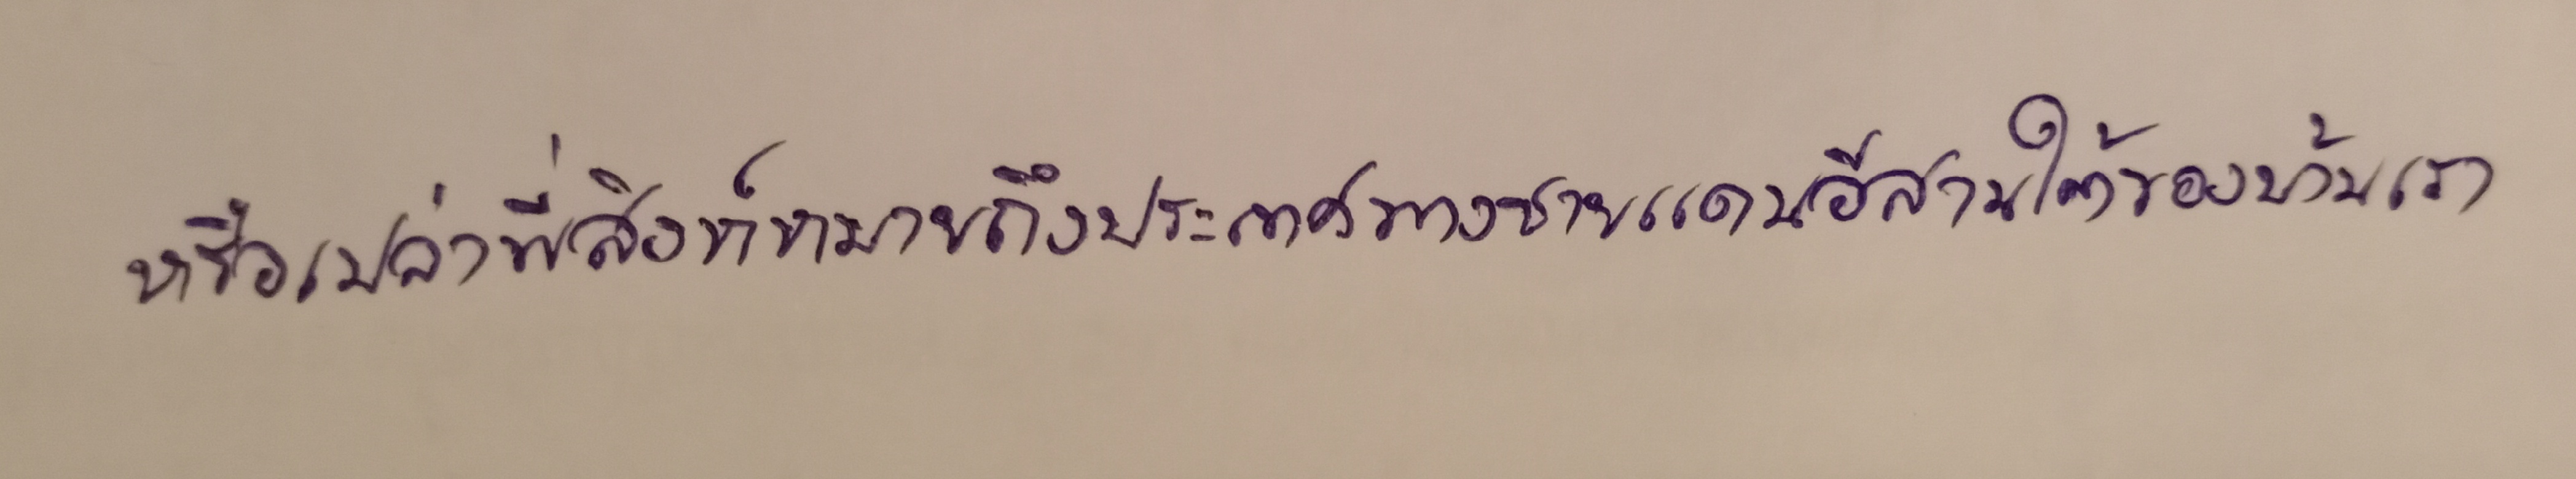
หรือเปล่าพี่สิงห์หมายถึงประเทศทางชายแดนอีสานใต้ของบ้านเรา